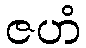
ဇဟံ